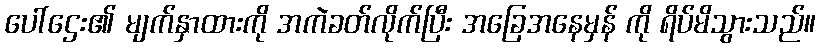
ပေါ်ဌေး၏ မျက်နှာထားကို အကဲခတ်လိုက်ပြီး အခြေအနေမှန် ကို ရိပ်မိသွားသည်။